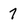
Character: 7